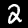
Label: 2